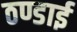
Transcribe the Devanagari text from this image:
ठण्डाई